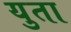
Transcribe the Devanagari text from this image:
युता